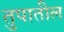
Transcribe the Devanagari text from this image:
तुपातील